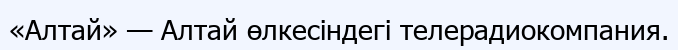
«Алтай» — Алтай өлкесіндегі телерадиокомпания.